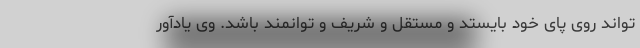
تواند روی پای خود بایستد و مستقل و شریف و توانمند باشد. وی یادآور